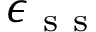
\epsilon _ { \mathrm { ~ s ~ s ~ } }